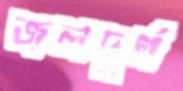
জলদুর্গ